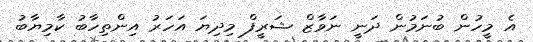
އެ މީހުން ބުނަމުން ދަނީ ނަވާޒް ޝަރީފް މިދިޔަ އަހަރު އިންތިހާބު ކާމިޔާބު